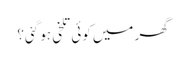
گھر میں کوئی تلخی ہو گئی؟